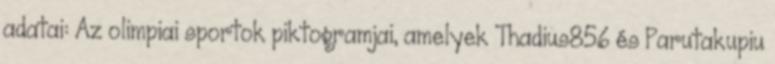
adatai: Az olimpiai sportok piktogramjai, amelyek Thadius856 és Parutakupiu